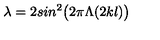
\lambda = 2 s i n ^ { 2 } \bigl ( 2 \pi \Lambda ( 2 k l ) \bigr )